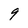
Character: 9